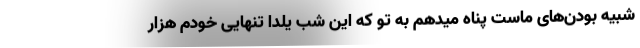
شبیهِ بودن‌هایِ ماست پناه میدهم به تو که این شب یلدا تنهایی خودم هزار